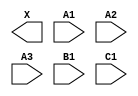
module sky130_fd_sc_hd__a311o (
    X ,
    A1,
    A2,
    A3,
    B1,
    C1
);

    output X ;
    input  A1;
    input  A2;
    input  A3;
    input  B1;
    input  C1;

    // Voltage supply signals
    supply1 VPWR;
    supply0 VGND;
    supply1 VPB ;
    supply0 VNB ;

endmodule